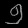
Digit: ၅